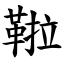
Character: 鞡